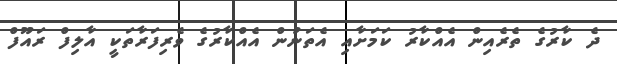
ދެ ކާރުގެ ތެރެއިން އެއްކާރު ކަމަށާއި އެތަނުން އެއްކާރުގެ ވެރިފަރާތަކީ އާލިފް ރައޫފް